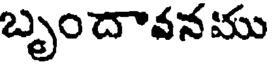
బృందావనము